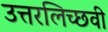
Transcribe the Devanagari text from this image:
उत्तरलिच्छवी